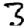
Digit: 3